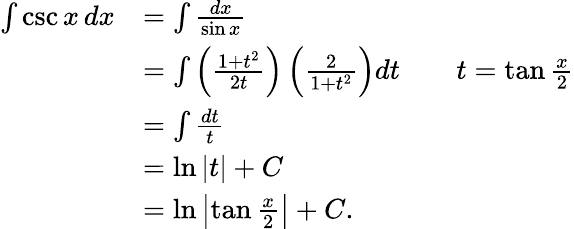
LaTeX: {\begin{array}{rlrl}{\int\csc x\, dx}&{=\int{\frac{dx}{\sin x}}}\\ &{=\int\left({\frac{1+t^{2}}{2t}}\right)\left({\frac{2}{1+t^{2}}}\right)dt}&&{t=\tan{\frac{x}{2}}}\\ &{=\int{\frac{dt}{t}}}\\ &{=\ln|t|+C}\\ &{=\ln\left|\tan{\frac{x}{2}}\right|+C.}\end{array}}